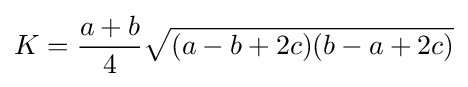
K={\frac {a+b}{4}}{\sqrt {(a-b+2c)(b-a+2c)}}